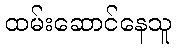
ထမ်းဆောင်နေသူ